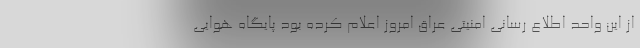
از این واحد اطلاع رسانی امنیتی عراق امروز اعلام کرده بود پایگاه هوایی